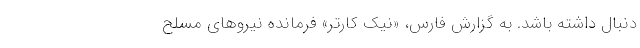
دنبال داشته باشد. به گزارش فارس، «نیک کارتر» فرمانده نیروهای مسلح